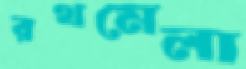
রথমেলা